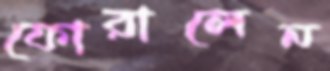
ফোরালেন